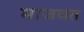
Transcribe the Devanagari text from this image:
माजवत